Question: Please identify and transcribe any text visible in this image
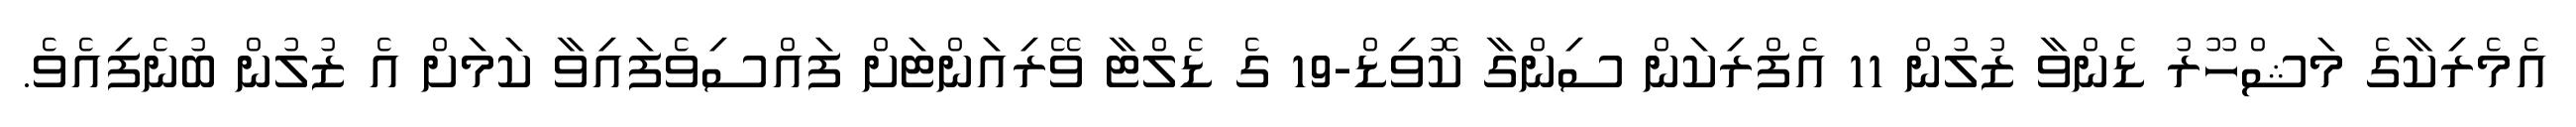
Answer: އެމެރިކާގެ މަޝްހޫރު ޑެންވާ ޒުލުން 11 އެފްރިކަން ސިންގާ ކޮވިޑް-19 ގެ ޑެލްޓާ ވޭރިއަންޓަށް ފައްސިވެފައިވާ ކަމަށް އެ ޒުލުން ބުނެފިއެވެ.